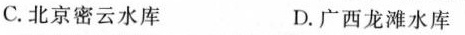
C.北京密云水库 D.广西龙滩水库